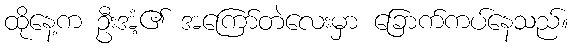
ထိုနေ့က ဦးအံ့၏ အကြော်တဲလေးမှာ ခြောက်ကပ်နေသည်။